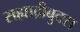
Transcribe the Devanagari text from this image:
सह्याद्रीबुक्स